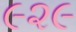
૯૨૯